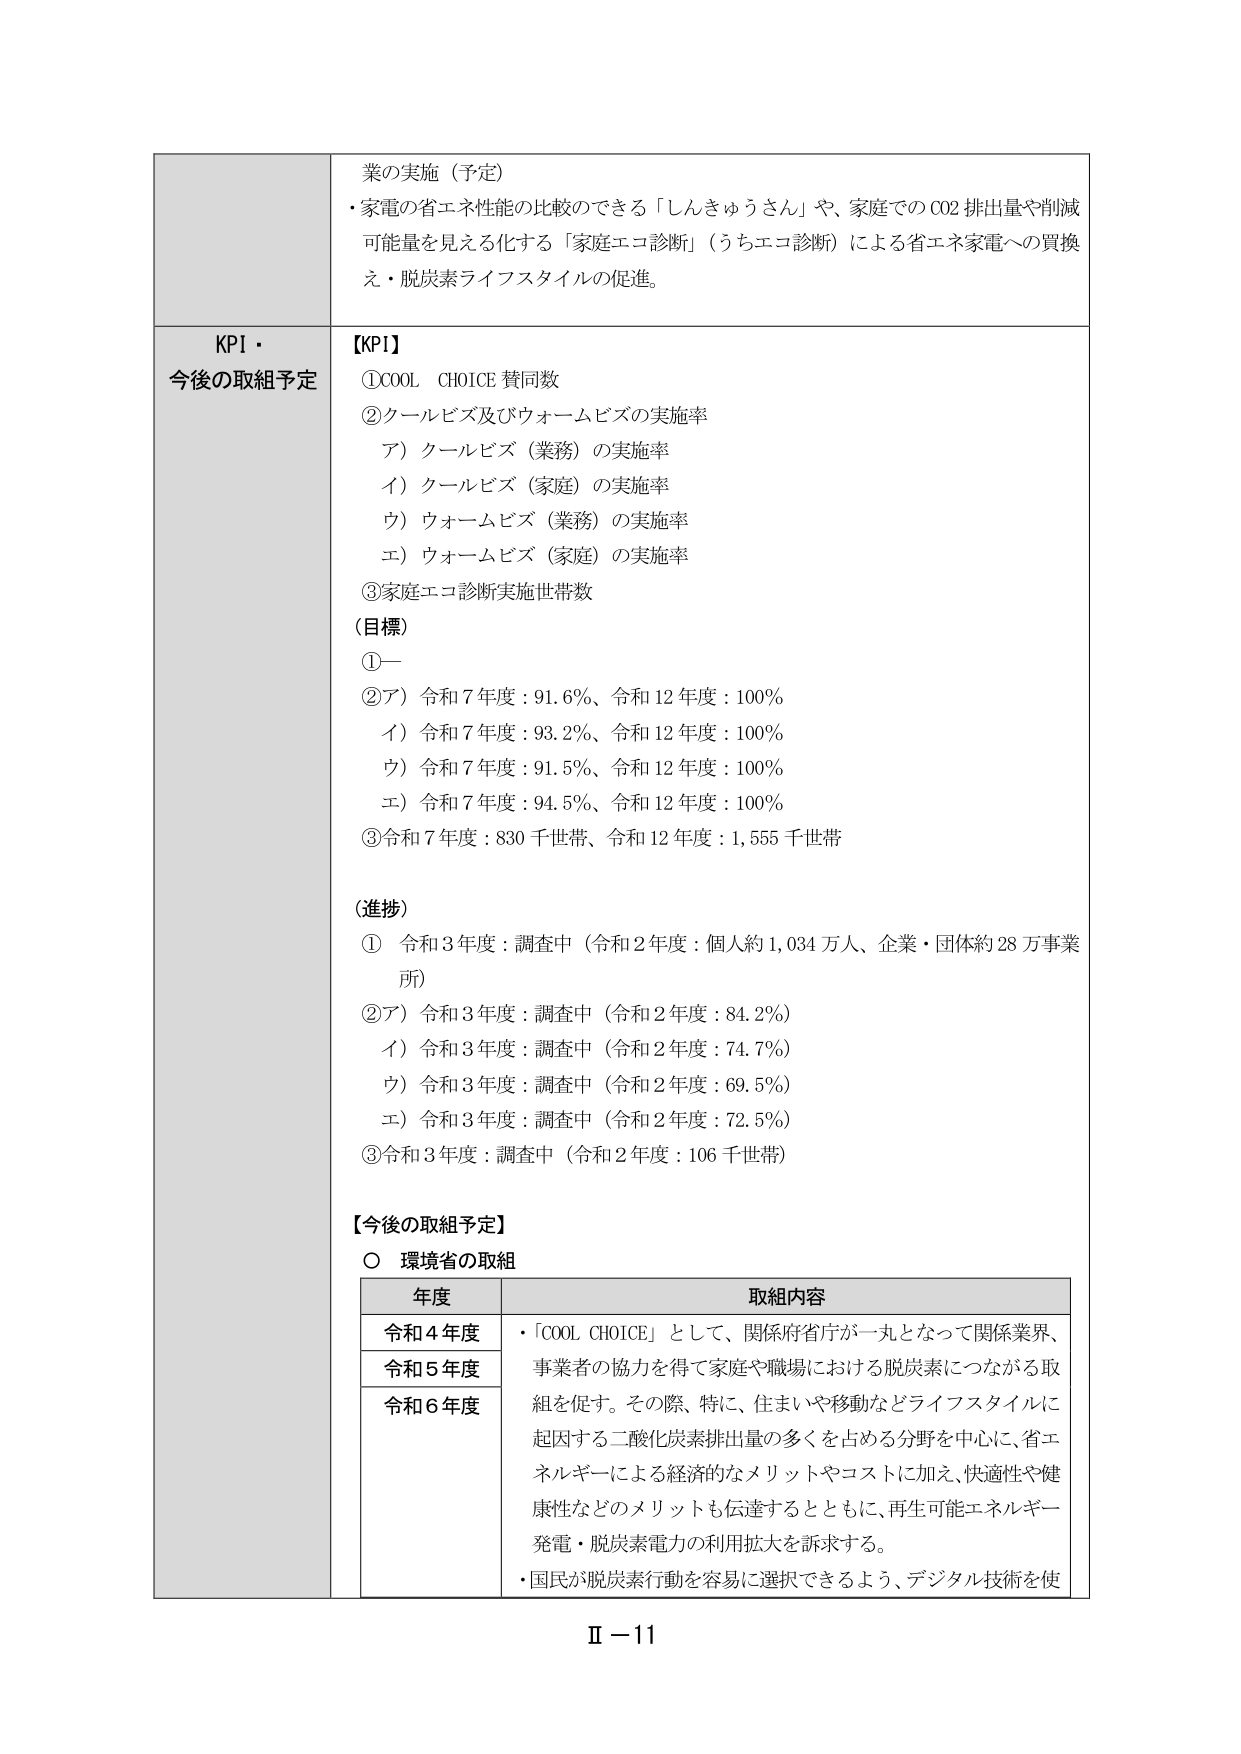
業の実施（予定）
・家電の省エネ性能の比較のできる「しんきゅうさん」や、家庭でのCO2排出量や削減
可能性を見える化する「家庭エコ診断」（うちエコ診断）による省エネ家電への買換
え・脱炭素ライフスタイルの促進。

KPI・
今後の取組予定

【KPI】
①COOL CHOICE 賛同数
②クールビズ及びウォームビズの実施率
　ア）クールビズ（業務）の実施率
　イ）クールビズ（家庭）の実施率
　ウ）ウォームビズ（業務）の実施率
　エ）ウォームビズ（家庭）の実施率
③家庭エコ診断実施世帯数

（目標）
①—
②ア）令和7年度：91.6％、令和12年度：100％
　イ）令和7年度：93.2％、令和12年度：100％
　ウ）令和7年度：91.5％、令和12年度：100％
　エ）令和7年度：94.5％、令和12年度：100％
③令和7年度：830千世帯、令和12年度：1,555千世帯

（進捗）
① 令和3年度：調査中（令和2年度：個人約1,034万人、企業・団体約28万事業所）
②ア）令和3年度：調査中（令和2年度：84.2％）
　イ）令和3年度：調査中（令和2年度：74.7％）
　ウ）令和3年度：調査中（令和2年度：69.5％）
　エ）令和3年度：調査中（令和2年度：72.5％）
③令和3年度：調査中（令和2年度：106千世帯）

【今後の取組予定】
○ 環境省の取組

年度　　　　　　　　　取組内容
令和4年度　　　　　・「COOL CHOICE」として、関係府省庁が一丸となって関係業界、
令和5年度　　　　　　事業者の協力を得て家庭や職場における脱炭素につながる取
令和6年度　　　　　　組を促す。その際、特に、住まいや移動などライフスタイルに
　　　　　　　　　　起因する二酸化炭素排出量の多くを占める分野を中心に、省エネ
　　　　　　　　　　エネルギーによる経済的なメリットやコストに加え、快適性や健
　　　　　　　　　　康性などのメリットも伝達するとともに、再生可能エネルギー
　　　　　　　　　　発電・脱炭素電力の利用拡大を訴求する。
　　　　　　　　　　・国民が脱炭素行動を容易に選択できるよう、デジタル技術を使

Ⅱ－11